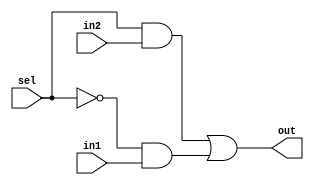
module mux2to1(out,sel,in1,in2);
	input in1, in2, sel;
	output out;
	wire not_sel, a1, a2;
	not(not_sel, sel);
	and(a1, sel, in2);
	and(a2, not_sel, in1);
	or(out, a1, a2);
endmodule